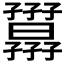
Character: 𡦷